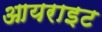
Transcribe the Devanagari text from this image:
आयराइट